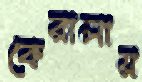
কেরালায়